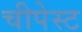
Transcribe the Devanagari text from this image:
चीपेस्ट